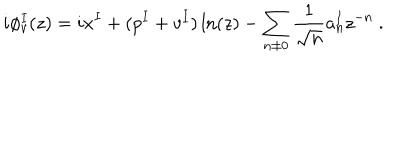
LaTeX: i \phi _ { v } ^ { I } ( z ) = i x ^ { I } + ( p ^ { I } + v ^ { I } ) \ln ( z ) - \sum _ { n \not = 0 } { \frac { 1 } { \sqrt { n } } } a _ { n } ^ { I } z ^ { - n } ~ .